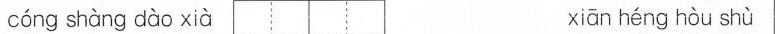
cóng shàng dào xià xiān héng hòu shù